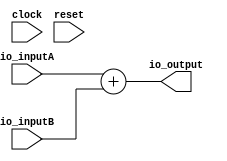
// This program was cloned from: https://github.com/wilfredkisku/CHISEL3-PROJECTS
// License: The Unlicense

module INT8_ADD(
  input        clock,
  input        reset,
  input  [7:0] io_inputA,
  input  [7:0] io_inputB,
  output [7:0] io_output
);
  assign io_output = $signed(io_inputA) + $signed(io_inputB); // @[INT8_ADD.scala 12:24]
endmodule